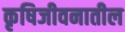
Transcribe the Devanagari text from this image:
कृषिजीवनातील